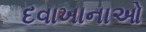
દવાખાનાઓ